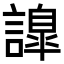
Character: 𧬁